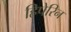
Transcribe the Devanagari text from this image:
हिपेरिन